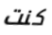
كنت